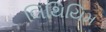
લિથિયિમ